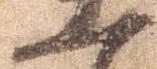
一